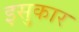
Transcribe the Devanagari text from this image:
इसुकार